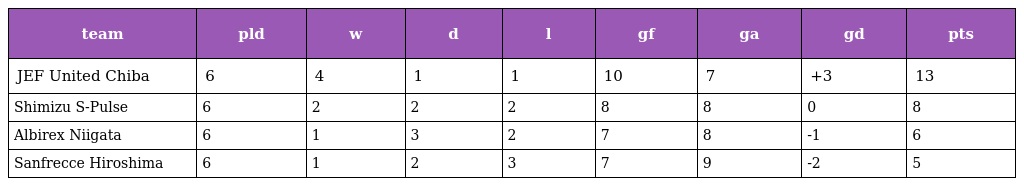
| team | pld | w | d | l | gf | ga | gd | pts |
 | --- | --- | --- | --- | --- | --- | --- | --- | --- |
 | JEF United Chiba | 6 | 4 | 1 | 1 | 10 | 7 | +3 | 13 |
 | Shimizu S-Pulse | 6 | 2 | 2 | 2 | 8 | 8 | 0 | 8 |
 | Albirex Niigata | 6 | 1 | 3 | 2 | 7 | 8 | -1 | 6 |
 | Sanfrecce Hiroshima | 6 | 1 | 2 | 3 | 7 | 9 | -2 | 5 |